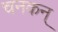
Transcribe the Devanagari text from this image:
चनकन्